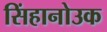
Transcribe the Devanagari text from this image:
सिंहानोउक